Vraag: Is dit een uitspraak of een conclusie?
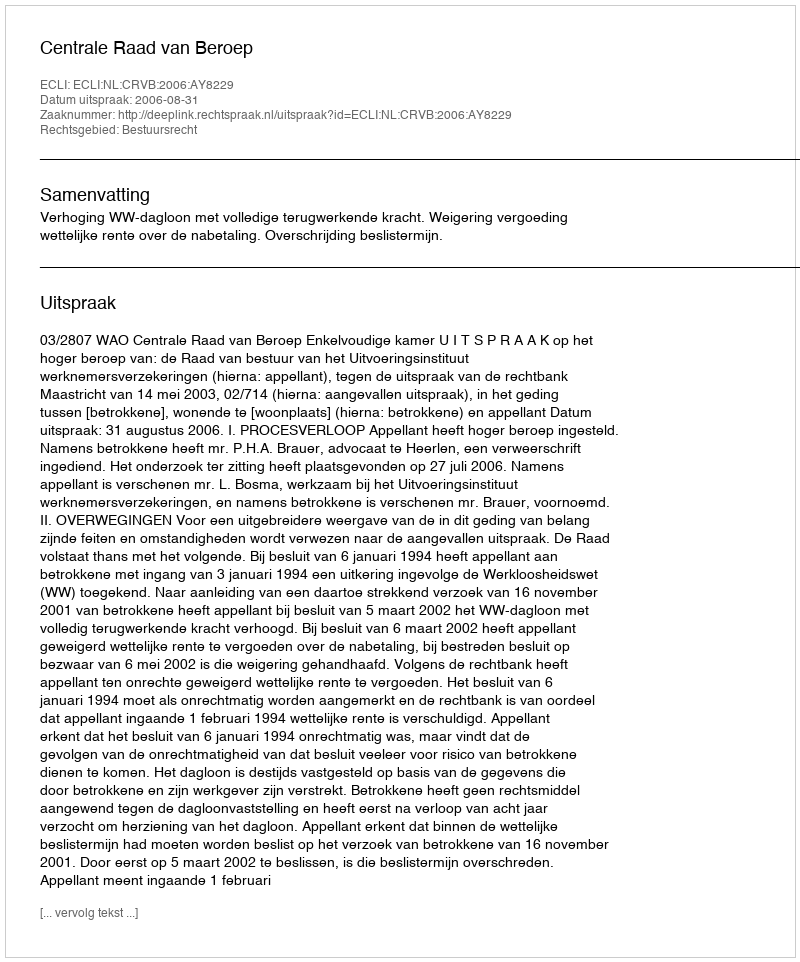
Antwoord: Uitspraak